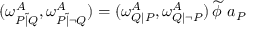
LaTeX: ( \omega _ { P { \tilde { | } } Q } ^ { A } , \omega _ { P { \tilde { | } } \lnot Q } ^ { A } ) = ( \omega _ { Q | P } ^ { A } , \omega _ { Q | \lnot P } ^ { A } ) \, { \widetilde { \phi \, } } \, a _ { P }